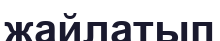
жайлатып